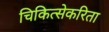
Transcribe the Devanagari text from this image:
चिकित्सेकरिता